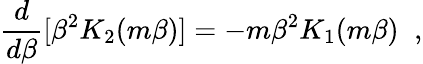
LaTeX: \frac{d}{d\beta}[\beta^{2}K_{2}(m\beta)]=-m\beta^{2}K_{1}(m\beta)\; \; ,